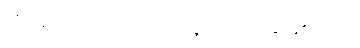
သို့သော် မ္လယ်တာသည်သာလျှင် အရင်းခံ ဖြစ်သည်။